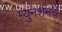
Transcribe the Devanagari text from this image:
म्युनशेनचे